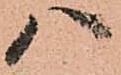
ハ